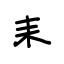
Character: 耒